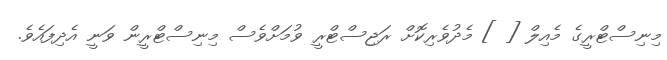
މިނިސްޓްރީގެ މެއިލް [ ] މެދުވެރިކޮށް ރަޖިސްޓްރީ ވުމަށްވެސް މިނިސްޓްރީން ވަނީ އެދިފައެވެ.